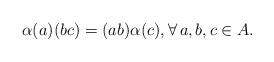
LaTeX: \begin{gather*} \alpha (a)(bc)=(ab)\alpha (c), \forall\, a, b, c\in A.\end{gather*}